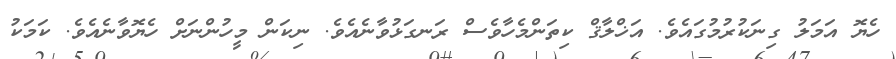
ހެޔޮ އަމަލު ގިނަކުރުމުގައެވެ. އަޚްލާޤް ކިތަންމެހާވެސް ރަނގަޅުވާނެއެވެ. ނިކަން މީހުންނަށް ހެޔޮވާނެއެވެ. ކަމަކު